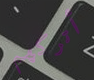
أتركهم